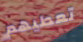
تعطيهم